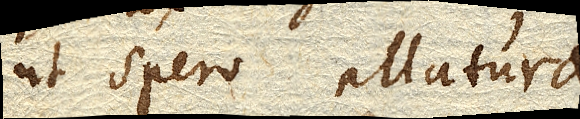
ut spero allatura. Et primum modum generalem